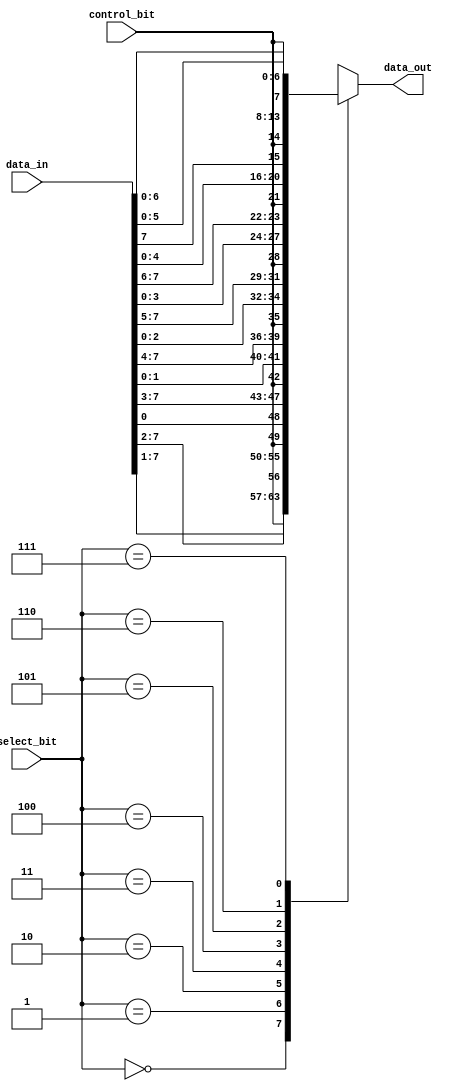
module bit_select_assign (
    input [7:0] data_in,
    input [2:0] select_bit,
    input control_bit,
    output reg [7:0] data_out
);

always @* begin
    case (select_bit)
        3'b000: data_out = {data_in[7:1], control_bit};
        3'b001: data_out = {data_in[7:2], control_bit, data_in[0]};
        3'b010: data_out = {data_in[7:3], control_bit, data_in[1:0]};
        3'b011: data_out = {data_in[7:4], control_bit, data_in[2:0]};
        3'b100: data_out = {data_in[7:5], control_bit, data_in[3:0]};
        3'b101: data_out = {data_in[7:6], control_bit, data_in[4:0]};
        3'b110: data_out = {data_in[7], control_bit, data_in[5:0]};
        3'b111: data_out = {control_bit, data_in[6:0]};
    endcase
end

endmodule